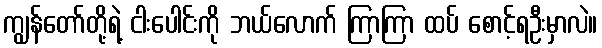
ကျွန်တော်တို့ရဲ့ ငါးပေါင်းကို ဘယ်လောက် ကြာကြာ ထပ် စောင့်ရဦးမှာလဲ။